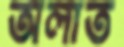
অলাত